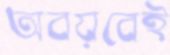
অবয়বেই